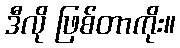
ဒီလို ဖြစ်တာကိုး။